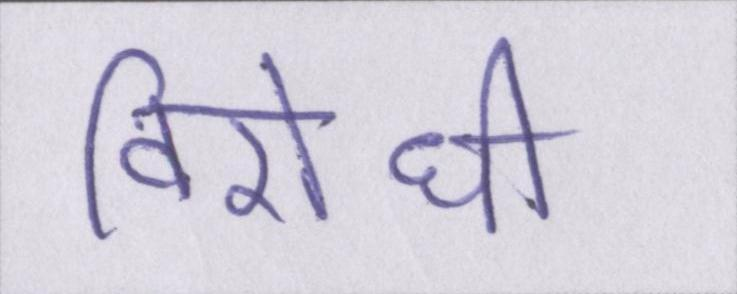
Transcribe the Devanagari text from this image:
विरोधी